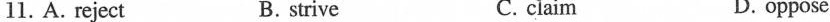
11. A. reject B. strive C. claim D. oppose